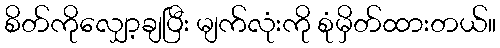
စိတ်ကိုလျှော့ချပြီး မျက်လုံးကို စုံမှိတ်ထားတယ်။